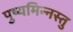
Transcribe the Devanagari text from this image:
पुष्यमिन्नस्तु